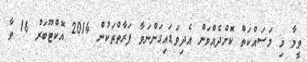
ވީމާ މި މަސައްކަތް ކޮށްދެއްވަން އެދިވަޑައިގަންނަވާ ފަރާތްތަކުން 2014 އޮކްޓޫބަރު 16 ވާ